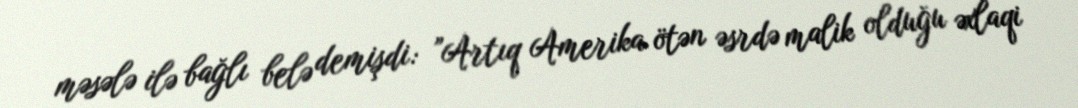
məsələ ilə bağlı belə demişdi: ”Artıq Amerika ötən əsrdə malik olduğu əxlaqi